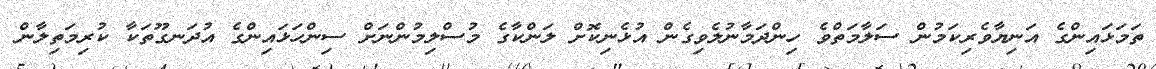
ތަމަޅައިންގެ އަނިޔާވެރިކަމުން ސަލާމަތްވެ ހިންދަމާނުލެވިގެން އުޅެނިކޮށް ލަންކާގެ މުސްލިމުންނަށް ސިންހަޅައިންގެ އުދަނގޫތަކާ ކުރިމަތިލާން